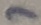
Text: 7